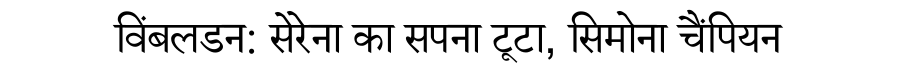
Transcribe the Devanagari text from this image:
विंबलडन: सेरेना का सपना टूटा, सिमोना चैंपियन